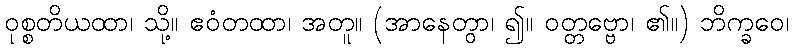
ဝုစ္စတိယထာ၊ သို့။ ဧဝံတထာ၊ အတူ။ (အာနေတွာ၊ ၍။ ဝတ္တဗ္ဗော၊ ၏။) ဘိက္ခဝေ၊